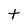
Character: t